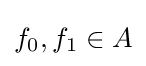
f_{0},f_{1}\in A